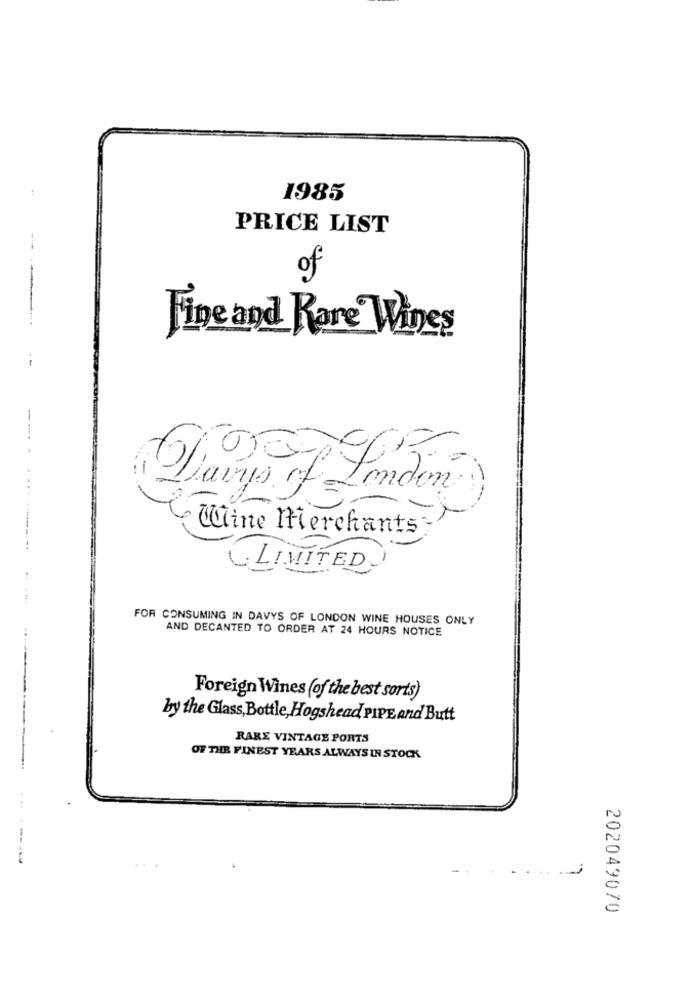
1985
PRICE LIST
of
Fine and Rare Wines
-----
1
Lavys of London
Wine Merchants
.... ........
LIMITED
FOR CONSUMING IN DAVYS OF LONDON WINE HOUSES ONLY
AND DECANTED TO ORDER AT 24 HOURS NOTICE
Foreign Wines (of the best sorts)
by the Glass, Bottle, Hogshead PIPE and Butt
RARE VINTAGE PORTS
OF THE FINEST YEARS ALWAYS IN STOCK
----
-
--
202049070